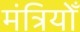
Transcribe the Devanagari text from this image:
मंत्रियोँ